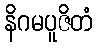
နိဂမပူဇိတံ